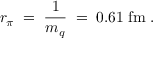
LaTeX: r _ { \pi } \; = \; \frac { 1 } { m _ { q } } \; = \; 0 . 6 1 \; \mathrm { f m } \; .